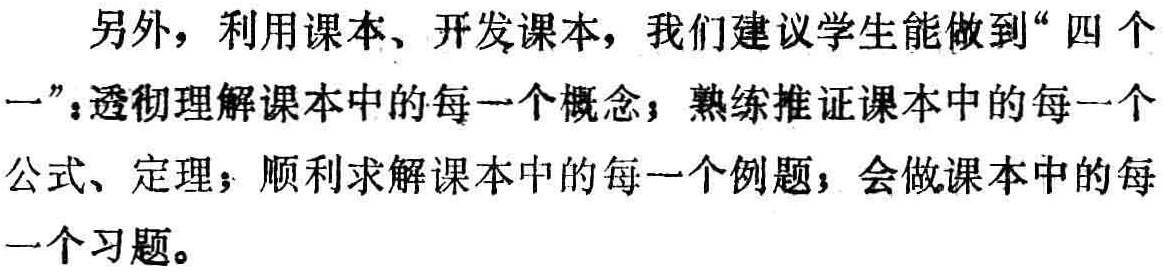
另外，利用课本、开发课本，我们建议学生能做到“四个一”：透彻理解课本中的每一个概念；熟练推证课本中的每一个公式、定理；顺利求解课本中的每一个例题；会做课本中的每一个习题。